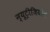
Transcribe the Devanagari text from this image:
न्यूट्रीजियोन